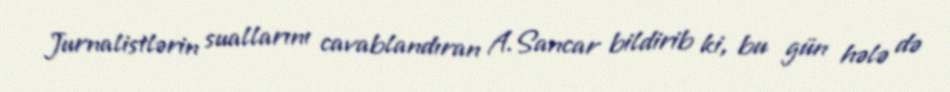
Jurnalistlərin suallarını cavablandıran A.Sancar bildirib ki, bu gün hələ də